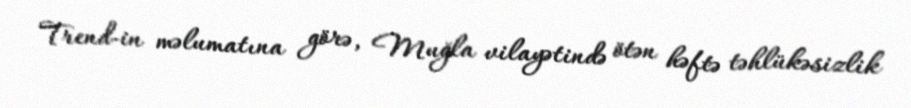
Trend-in məlumatına görə, Muğla vilayətində ötən həftə təhlükəsizlik